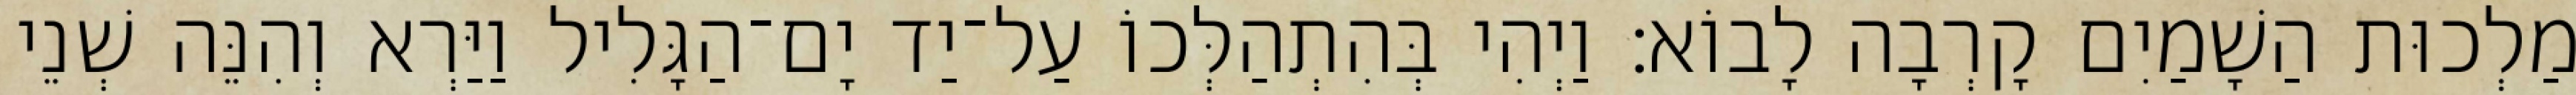
מַלְכוּת הַשָׁמַיִם קָרְבָה לָבוֹא׃ וַיְהִי בְּהִתְהַלְּכוֹ עַל־יַד יָם־הַגָּלִיל וַיַּרְא וְהִנֵּה שְׁנֵי